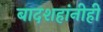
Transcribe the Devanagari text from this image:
बादशहांनीही